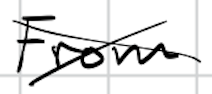
Text: From
Cross-out: cross
Writing tool: digital_black